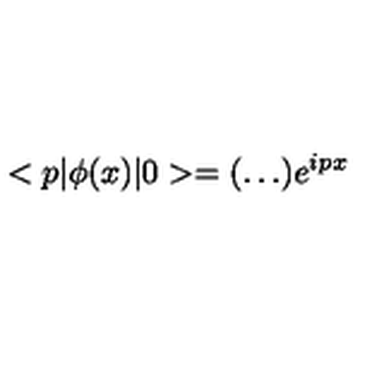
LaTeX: < p | { \phi } ( x ) | 0 > = ( \ldots ) e ^ { i p x }